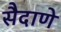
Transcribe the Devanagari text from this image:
सैदाणे